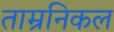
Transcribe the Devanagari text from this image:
ताम्रनिकल